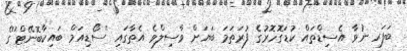
ބަފަރ ނުވާ އެސިޑްތައް ކުޑަގޮހޮރުގެ ފުރަތަމަ ބަޔަށް ވާސިލްވެ އެތާގައި ''ސޯޑިއަމް ބައިކާބޮނޭޓް''ގެ